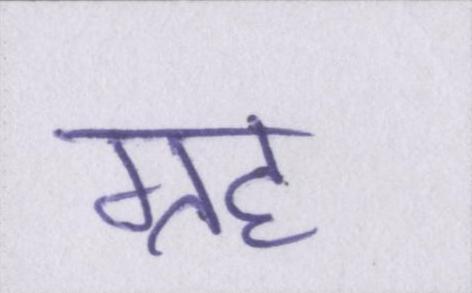
ग्रह